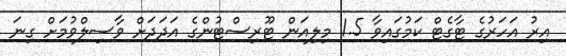
އިރު އަހަރުގެ ޓާގެޓް ކަމުގައިވާ 1.5 މިލިއަން ޓޫރިސްޓުންގެ އަދަދަށް ވާސިލްވުމަށް ގިނަ